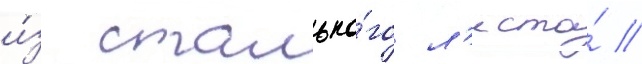
и́з стально́го л'иста́ //